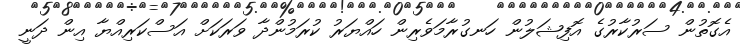
އެގޮތުން ސަރުކާރުގެ އޮފިޝަލުން ހަނގުރާމަވެރިން ހައްޔަރު ކުރަމުންދާ ވަރަކަށް އަސްކަރިއްޔާ އިން ދަނީ